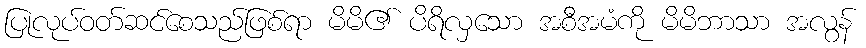
ပြုလုပ်ဝတ်ဆင်စေသည်ဖြစ်ရာ မိမိ၏ ပိရိလှသော အစီအမံကို မိမိဘာသာ အလွန်